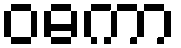
ဝဓကာ